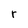
Character: r